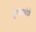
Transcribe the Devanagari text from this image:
डुसेलडोर्फ़